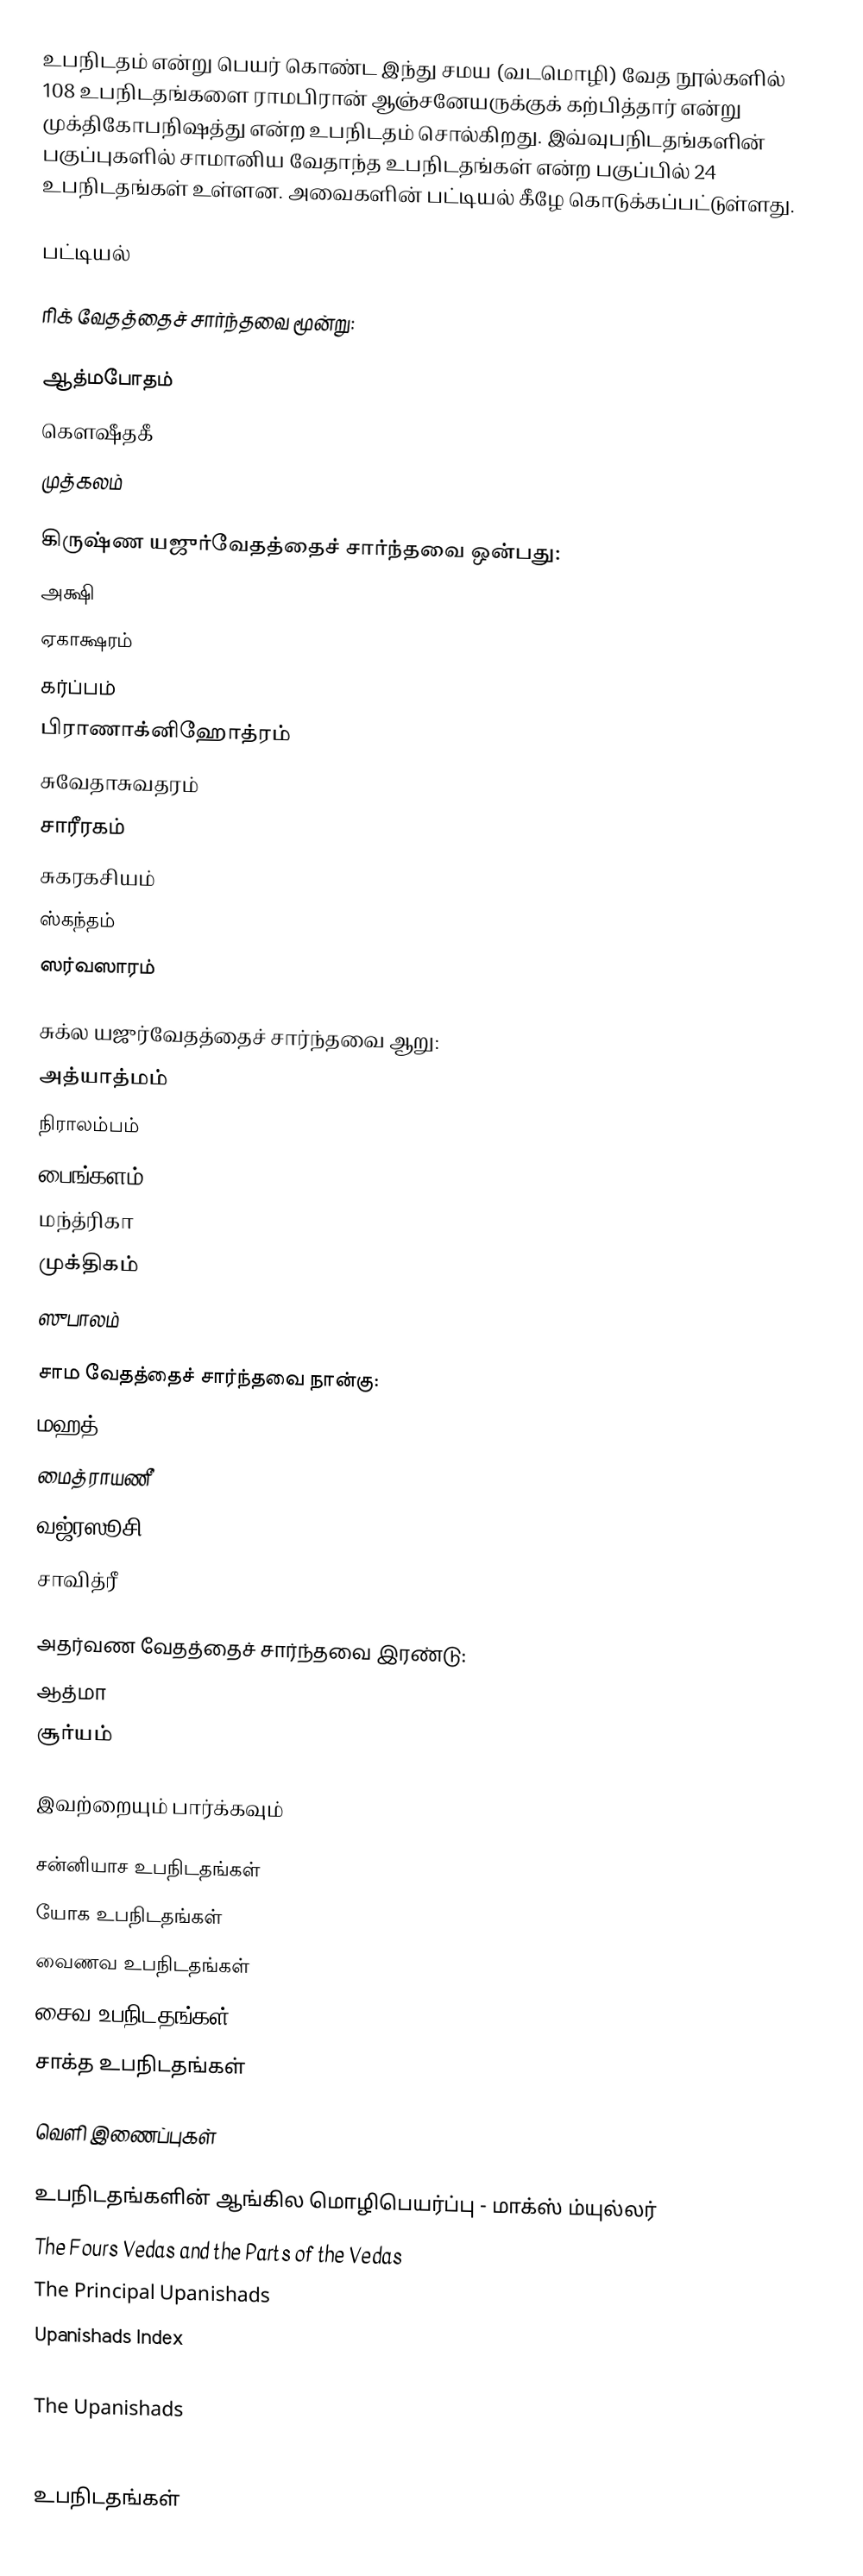
உபநிடதம் என்று பெயர் கொண்ட இந்து சமய (வடமொழி) வேத நூல்களில் 108 உபநிடதங்களை ராமபிரான் ஆஞ்சனேயருக்குக் கற்பித்தார் என்று முக்திகோபநிஷத்து என்ற உபநிடதம் சொல்கிறது. இவ்வுபநிடதங்களின் பகுப்புகளில் சாமானிய வேதாந்த உபநிடதங்கள் என்ற பகுப்பில் 24 உபநிடதங்கள் உள்ளன. அவைகளின் பட்டியல் கீழே கொடுக்கப்பட்டுள்ளது.

பட்டியல்

ரிக் வேதத்தைச் சார்ந்தவை மூன்று:

 ஆத்மபோதம்
 கௌஷீதகீ
 முத்கலம்

 கிருஷ்ண யஜுர்வேதத்தைச் சார்ந்தவை ஒன்பது:
 அக்ஷி
 ஏகாக்ஷரம்
 கர்ப்பம்
 பிராணாக்னிஹோத்ரம்
 சுவேதாசுவதரம்
 சாரீரகம்
  சுகரகசியம்
 ஸ்கந்தம்
 ஸர்வஸாரம்

 சுக்ல யஜுர்வேதத்தைச் சார்ந்தவை ஆறு:
 அத்யாத்மம்
 நிராலம்பம்
 பைங்களம்
  மந்த்ரிகா
 முக்திகம்
 ஸுபாலம்

 சாம வேதத்தைச் சார்ந்தவை நான்கு:
 மஹத்
 மைத்ராயணீ
  வஜ்ரஸூசி
 சாவித்ரீ

 அதர்வண வேதத்தைச் சார்ந்தவை இரண்டு:
 ஆத்மா
 சூர்யம்

இவற்றையும் பார்க்கவும்

 சன்னியாச உபநிடதங்கள்
 யோக உபநிடதங்கள்
 வைணவ உபநிடதங்கள்
 சைவ உபநிடதங்கள்
 சாக்த உபநிடதங்கள்

வெளி இணைப்புகள்

உபநிடதங்களின் ஆங்கில மொழிபெயர்ப்பு - மாக்ஸ் ம்யுல்லர்
The Fours Vedas and the Parts of the Vedas
The Principal Upanishads
Upanishads Index
The Essentials of the Upanishads
The Upanishads
Essence of Upanishads

உபநிடதங்கள்